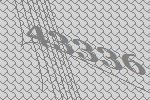
43336